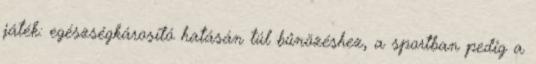
játék: egészségkárosító hatásán túl bűnözéshez, a sportban pedig a